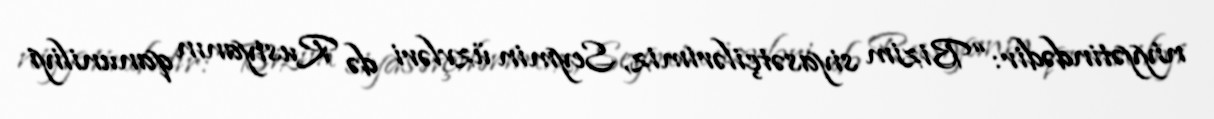
niyyətindədir: “Bizim siyasətçilərimiz, Seymin üzvləri də Rusiyanın qanuniliyi